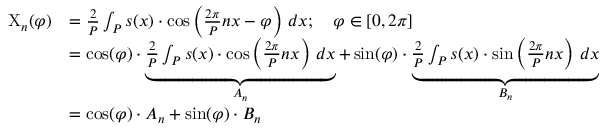
{ \begin{array} { r l } { \mathrm { X } _ { n } ( \varphi ) } & { = { \frac { 2 } { P } } \int _ { P } s ( x ) \cdot \cos \left( { \frac { 2 \pi } { P } } n x - \varphi \right) \, d x ; \quad \varphi \in [ 0 , 2 \pi ] } \\ & { = \cos ( \varphi ) \cdot \underbrace { { \frac { 2 } { P } } \int _ { P } s ( x ) \cdot \cos \left( { \frac { 2 \pi } { P } } n x \right) \, d x } _ { A _ { n } } + \sin ( \varphi ) \cdot \underbrace { { \frac { 2 } { P } } \int _ { P } s ( x ) \cdot \sin \left( { \frac { 2 \pi } { P } } n x \right) \, d x } _ { B _ { n } } } \\ & { = \cos ( \varphi ) \cdot A _ { n } + \sin ( \varphi ) \cdot B _ { n } } \end{array} }